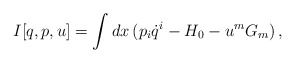
\begin{align*}I[q,p,u]=\int dx\,(p_i \dot q^i-H_0-u^m G_m)\, ,\end{align*}